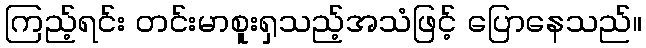
ကြည့်ရင်း တင်းမာစူးရှသည့်အသံဖြင့် ပြောနေသည်။